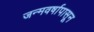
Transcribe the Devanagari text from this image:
जन्मवर्षापासून